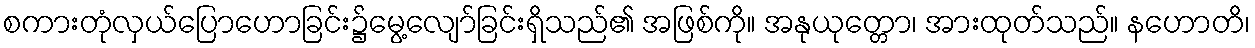
စကားတုံလှယ်ပြောဟောခြင်း၌မွေ့လျော်ခြင်းရှိသည်၏ အဖြစ်ကို။ အနုယုတ္တော၊ အားထုတ်သည်။ နဟောတိ၊